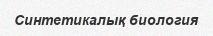
Синтетикалық биология